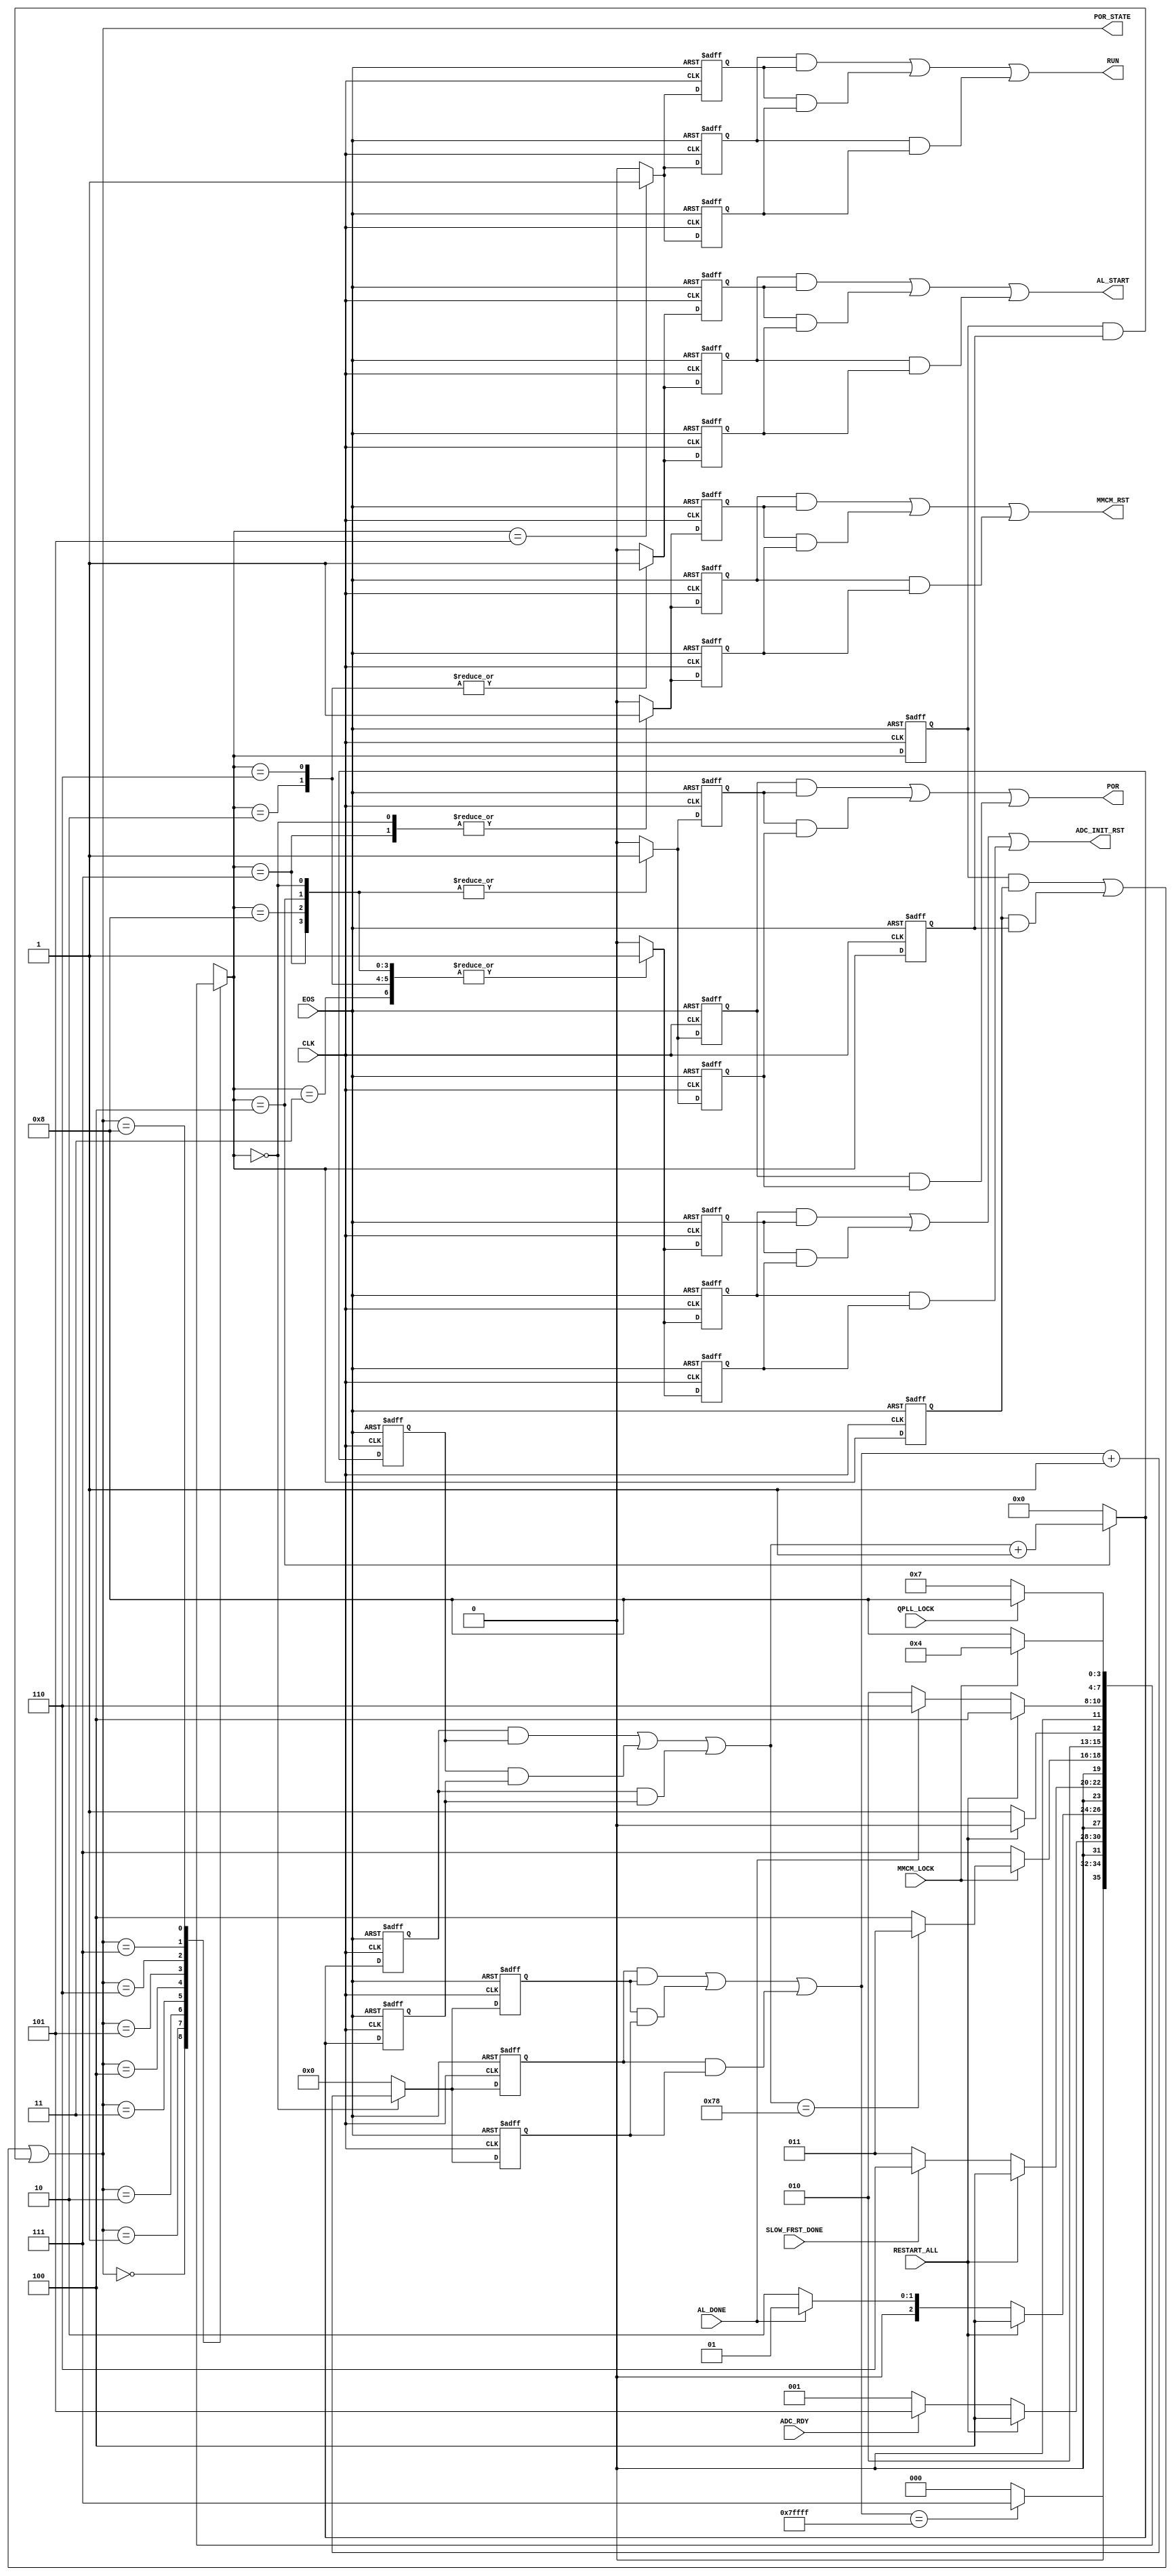

// Created by fizzim_tmr.pl version $Revision: 4.44 on 2014:12:12 at 10:57:14 (www.fizzim.com)

module Pow_on_Rst_FSM_TMR 
  #(
    parameter POR_tmo = 120,
    parameter Strt_dly = 20'h7FFFF
  )(
  output ADC_INIT_RST,
  output AL_START,
  output MMCM_RST,
  output POR,
  output RUN,
  output wire [3:0] POR_STATE,
  input ADC_RDY,
  input AL_DONE,
  input CLK,
  input EOS,
  input MMCM_LOCK,
  input QPLL_LOCK,
  input RESTART_ALL,
  input SLOW_FRST_DONE 
);

  // state bits
  parameter 
  Idle            = 4'b0000, 
  ADC_INIT        = 4'b0001, 
  Auto_Load       = 4'b0010, 
  Clr_AL_FIFO     = 4'b0011, 
  Pow_on_Rst      = 4'b0100, 
  Run_State       = 4'b0101, 
  Start_Auto_Load = 4'b0110, 
  W4Qpll          = 4'b0111, 
  W4SysClk        = 4'b1000; 

  (* syn_preserve = "true" *) reg [3:0] state_1;
  (* syn_preserve = "true" *) reg [3:0] state_2;
  (* syn_preserve = "true" *) reg [3:0] state_3;

  (* syn_keep = "true" *) wire [3:0] voted_state_1;
  (* syn_keep = "true" *) wire [3:0] voted_state_2;
  (* syn_keep = "true" *) wire [3:0] voted_state_3;

  assign voted_state_1        = (state_1        & state_2       ) | (state_2        & state_3       ) | (state_1        & state_3       ); // Majority logic
  assign voted_state_2        = (state_1        & state_2       ) | (state_2        & state_3       ) | (state_1        & state_3       ); // Majority logic
  assign voted_state_3        = (state_1        & state_2       ) | (state_2        & state_3       ) | (state_1        & state_3       ); // Majority logic

  assign POR_STATE = voted_state_1;

  (* syn_keep = "true" *) reg [3:0] nextstate_1;
  (* syn_keep = "true" *) reg [3:0] nextstate_2;
  (* syn_keep = "true" *) reg [3:0] nextstate_3;


  (* syn_preserve = "true" *)  reg ADC_INIT_RST_1;
  (* syn_preserve = "true" *)  reg ADC_INIT_RST_2;
  (* syn_preserve = "true" *)  reg ADC_INIT_RST_3;
  (* syn_preserve = "true" *)  reg AL_START_1;
  (* syn_preserve = "true" *)  reg AL_START_2;
  (* syn_preserve = "true" *)  reg AL_START_3;
  (* syn_preserve = "true" *)  reg MMCM_RST_1;
  (* syn_preserve = "true" *)  reg MMCM_RST_2;
  (* syn_preserve = "true" *)  reg MMCM_RST_3;
  (* syn_preserve = "true" *)  reg POR_1;
  (* syn_preserve = "true" *)  reg POR_2;
  (* syn_preserve = "true" *)  reg POR_3;
  (* syn_preserve = "true" *)  reg RUN_1;
  (* syn_preserve = "true" *)  reg RUN_2;
  (* syn_preserve = "true" *)  reg RUN_3;
  (* syn_preserve = "true" *)  reg [6:0] por_cnt_1;
  (* syn_preserve = "true" *)  reg [6:0] por_cnt_2;
  (* syn_preserve = "true" *)  reg [6:0] por_cnt_3;
  (* syn_keep = "true" *)      wire [6:0] voted_por_cnt_1;
  (* syn_keep = "true" *)      wire [6:0] voted_por_cnt_2;
  (* syn_keep = "true" *)      wire [6:0] voted_por_cnt_3;
  (* syn_preserve = "true" *)  reg [19:0] strtup_cnt_1;
  (* syn_preserve = "true" *)  reg [19:0] strtup_cnt_2;
  (* syn_preserve = "true" *)  reg [19:0] strtup_cnt_3;
  (* syn_keep = "true" *)      wire [19:0] voted_strtup_cnt_1;
  (* syn_keep = "true" *)      wire [19:0] voted_strtup_cnt_2;
  (* syn_keep = "true" *)      wire [19:0] voted_strtup_cnt_3;

  // Assignment of outputs and flags to voted majority logic of replicated registers
  assign ADC_INIT_RST = (ADC_INIT_RST_1 & ADC_INIT_RST_2) | (ADC_INIT_RST_2 & ADC_INIT_RST_3) | (ADC_INIT_RST_1 & ADC_INIT_RST_3); // Majority logic
  assign AL_START     = (AL_START_1     & AL_START_2    ) | (AL_START_2     & AL_START_3    ) | (AL_START_1     & AL_START_3    ); // Majority logic
  assign MMCM_RST     = (MMCM_RST_1     & MMCM_RST_2    ) | (MMCM_RST_2     & MMCM_RST_3    ) | (MMCM_RST_1     & MMCM_RST_3    ); // Majority logic
  assign POR          = (POR_1          & POR_2         ) | (POR_2          & POR_3         ) | (POR_1          & POR_3         ); // Majority logic
  assign RUN          = (RUN_1          & RUN_2         ) | (RUN_2          & RUN_3         ) | (RUN_1          & RUN_3         ); // Majority logic
  assign voted_por_cnt_1      = (por_cnt_1      & por_cnt_2     ) | (por_cnt_2      & por_cnt_3     ) | (por_cnt_1      & por_cnt_3     ); // Majority logic
  assign voted_por_cnt_2      = (por_cnt_1      & por_cnt_2     ) | (por_cnt_2      & por_cnt_3     ) | (por_cnt_1      & por_cnt_3     ); // Majority logic
  assign voted_por_cnt_3      = (por_cnt_1      & por_cnt_2     ) | (por_cnt_2      & por_cnt_3     ) | (por_cnt_1      & por_cnt_3     ); // Majority logic
  assign voted_strtup_cnt_1   = (strtup_cnt_1   & strtup_cnt_2  ) | (strtup_cnt_2   & strtup_cnt_3  ) | (strtup_cnt_1   & strtup_cnt_3  ); // Majority logic
  assign voted_strtup_cnt_2   = (strtup_cnt_1   & strtup_cnt_2  ) | (strtup_cnt_2   & strtup_cnt_3  ) | (strtup_cnt_1   & strtup_cnt_3  ); // Majority logic
  assign voted_strtup_cnt_3   = (strtup_cnt_1   & strtup_cnt_2  ) | (strtup_cnt_2   & strtup_cnt_3  ) | (strtup_cnt_1   & strtup_cnt_3  ); // Majority logic

  // Assignment of error detection logic to replicated signals

  // comb always block
  always @* begin
    nextstate_1 = 4'bxxxx; // default to x because default_state_is_x is set
    nextstate_2 = 4'bxxxx; // default to x because default_state_is_x is set
    nextstate_3 = 4'bxxxx; // default to x because default_state_is_x is set
    case (voted_state_1)
      Idle           : if      (voted_strtup_cnt_1 == Strt_dly)  nextstate_1 = W4Qpll;
                       else                                      nextstate_1 = Idle;
      ADC_INIT       : if      (RESTART_ALL)                     nextstate_1 = Pow_on_Rst;
                       else if (ADC_RDY)                         nextstate_1 = Run_State;
                       else                                      nextstate_1 = ADC_INIT;
      Auto_Load      : if      (RESTART_ALL)                     nextstate_1 = Pow_on_Rst;
                       else if (AL_DONE)                         nextstate_1 = ADC_INIT;
                       else                                      nextstate_1 = Auto_Load;
      Clr_AL_FIFO    : if      (RESTART_ALL)                     nextstate_1 = Pow_on_Rst;
                       else if (SLOW_FRST_DONE)                  nextstate_1 = Start_Auto_Load;
                       else                                      nextstate_1 = Clr_AL_FIFO;
      Pow_on_Rst     : if      (!MMCM_LOCK)                      nextstate_1 = W4Qpll;
                       else if (voted_por_cnt_1 == POR_tmo)      nextstate_1 = Clr_AL_FIFO;
                       else                                      nextstate_1 = Pow_on_Rst;
      Run_State      : if      (RESTART_ALL)                     nextstate_1 = Pow_on_Rst;
                       else                                      nextstate_1 = Run_State;
      Start_Auto_Load: if      (RESTART_ALL)                     nextstate_1 = Pow_on_Rst;
                       else if (!AL_DONE)                        nextstate_1 = Auto_Load;
                       else                                      nextstate_1 = Start_Auto_Load;
      W4Qpll         : if      (QPLL_LOCK)                       nextstate_1 = W4SysClk;
                       else                                      nextstate_1 = W4Qpll;
// to temporarily ignore the QPLL_LOCK uncomment the following line and comment out the previous two
//      W4Qpll         :                                           nextstate_1 = W4SysClk;
      W4SysClk       : if      (MMCM_LOCK)                       nextstate_1 = Pow_on_Rst;
                       else                                      nextstate_1 = W4SysClk;
    endcase
    case (voted_state_2)
      Idle           : if      (voted_strtup_cnt_2 == Strt_dly)  nextstate_2 = W4Qpll;
                       else                                      nextstate_2 = Idle;
      ADC_INIT       : if      (RESTART_ALL)                     nextstate_2 = Pow_on_Rst;
                       else if (ADC_RDY)                         nextstate_2 = Run_State;
                       else                                      nextstate_2 = ADC_INIT;
      Auto_Load      : if      (RESTART_ALL)                     nextstate_2 = Pow_on_Rst;
                       else if (AL_DONE)                         nextstate_2 = ADC_INIT;
                       else                                      nextstate_2 = Auto_Load;
      Clr_AL_FIFO    : if      (RESTART_ALL)                     nextstate_2 = Pow_on_Rst;
                       else if (SLOW_FRST_DONE)                  nextstate_2 = Start_Auto_Load;
                       else                                      nextstate_2 = Clr_AL_FIFO;
      Pow_on_Rst     : if      (!MMCM_LOCK)                      nextstate_2 = W4Qpll;
                       else if (voted_por_cnt_2 == POR_tmo)      nextstate_2 = Clr_AL_FIFO;
                       else                                      nextstate_2 = Pow_on_Rst;
      Run_State      : if      (RESTART_ALL)                     nextstate_2 = Pow_on_Rst;
                       else                                      nextstate_2 = Run_State;
      Start_Auto_Load: if      (RESTART_ALL)                     nextstate_2 = Pow_on_Rst;
                       else if (!AL_DONE)                        nextstate_2 = Auto_Load;
                       else                                      nextstate_2 = Start_Auto_Load;
      W4Qpll         : if      (QPLL_LOCK)                       nextstate_2 = W4SysClk;
                       else                                      nextstate_2 = W4Qpll;
// to temporarily ignore the QPLL_LOCK uncomment the following line and comment out the previous two
//      W4Qpll         :                                           nextstate_2 = W4SysClk;
      W4SysClk       : if      (MMCM_LOCK)                       nextstate_2 = Pow_on_Rst;
                       else                                      nextstate_2 = W4SysClk;
    endcase
    case (voted_state_3)
      Idle           : if      (voted_strtup_cnt_3 == Strt_dly)  nextstate_3 = W4Qpll;
                       else                                      nextstate_3 = Idle;
      ADC_INIT       : if      (RESTART_ALL)                     nextstate_3 = Pow_on_Rst;
                       else if (ADC_RDY)                         nextstate_3 = Run_State;
                       else                                      nextstate_3 = ADC_INIT;
      Auto_Load      : if      (RESTART_ALL)                     nextstate_3 = Pow_on_Rst;
                       else if (AL_DONE)                         nextstate_3 = ADC_INIT;
                       else                                      nextstate_3 = Auto_Load;
      Clr_AL_FIFO    : if      (RESTART_ALL)                     nextstate_3 = Pow_on_Rst;
                       else if (SLOW_FRST_DONE)                  nextstate_3 = Start_Auto_Load;
                       else                                      nextstate_3 = Clr_AL_FIFO;
      Pow_on_Rst     : if      (!MMCM_LOCK)                      nextstate_3 = W4Qpll;
                       else if (voted_por_cnt_3 == POR_tmo)      nextstate_3 = Clr_AL_FIFO;
                       else                                      nextstate_3 = Pow_on_Rst;
      Run_State      : if      (RESTART_ALL)                     nextstate_3 = Pow_on_Rst;
                       else                                      nextstate_3 = Run_State;
      Start_Auto_Load: if      (RESTART_ALL)                     nextstate_3 = Pow_on_Rst;
                       else if (!AL_DONE)                        nextstate_3 = Auto_Load;
                       else                                      nextstate_3 = Start_Auto_Load;
      W4Qpll         : if      (QPLL_LOCK)                       nextstate_3 = W4SysClk;
                       else                                      nextstate_3 = W4Qpll;
// to temporarily ignore the QPLL_LOCK uncomment the following line and comment out the previous two
//      W4Qpll         :                                           nextstate_3 = W4SysClk;
      W4SysClk       : if      (MMCM_LOCK)                       nextstate_3 = Pow_on_Rst;
                       else                                      nextstate_3 = W4SysClk;
    endcase
  end

  // Assign reg'd outputs to state bits

  // sequential always block
  always @(posedge CLK or negedge EOS) begin
    if (!EOS) begin
      state_1 <= Idle;
      state_2 <= Idle;
      state_3 <= Idle;
    end
    else begin
      state_1 <= nextstate_1;
      state_2 <= nextstate_2;
      state_3 <= nextstate_3;
    end
  end

  // datapath sequential always block
  always @(posedge CLK or negedge EOS) begin
    if (!EOS) begin
      ADC_INIT_RST_1 <= 1;
      ADC_INIT_RST_2 <= 1;
      ADC_INIT_RST_3 <= 1;
      AL_START_1 <= 0;
      AL_START_2 <= 0;
      AL_START_3 <= 0;
      MMCM_RST_1 <= 1;
      MMCM_RST_2 <= 1;
      MMCM_RST_3 <= 1;
      POR_1 <= 1;
      POR_2 <= 1;
      POR_3 <= 1;
      RUN_1 <= 0;
      RUN_2 <= 0;
      RUN_3 <= 0;
      por_cnt_1 <= 7'h00;
      por_cnt_2 <= 7'h00;
      por_cnt_3 <= 7'h00;
      strtup_cnt_1 <= 20'h00000;
      strtup_cnt_2 <= 20'h00000;
      strtup_cnt_3 <= 20'h00000;
    end
    else begin
      ADC_INIT_RST_1 <= 0; // default
      ADC_INIT_RST_2 <= 0; // default
      ADC_INIT_RST_3 <= 0; // default
      AL_START_1 <= 0; // default
      AL_START_2 <= 0; // default
      AL_START_3 <= 0; // default
      MMCM_RST_1 <= 0; // default
      MMCM_RST_2 <= 0; // default
      MMCM_RST_3 <= 0; // default
      POR_1 <= 0; // default
      POR_2 <= 0; // default
      POR_3 <= 0; // default
      RUN_1 <= 0; // default
      RUN_2 <= 0; // default
      RUN_3 <= 0; // default
      por_cnt_1 <= 7'h00; // default
      por_cnt_2 <= 7'h00; // default
      por_cnt_3 <= 7'h00; // default
      strtup_cnt_1 <= 20'h00000; // default
      strtup_cnt_2 <= 20'h00000; // default
      strtup_cnt_3 <= 20'h00000; // default
      case (nextstate_1)
        Idle           : begin
                                ADC_INIT_RST_1 <= 1;
                                MMCM_RST_1 <= 1;
                                POR_1 <= 1;
                                strtup_cnt_1 <= voted_strtup_cnt_1 + 1;
        end
        Auto_Load      : begin
                                ADC_INIT_RST_1 <= 1;
                                AL_START_1 <= 1;
        end
        Clr_AL_FIFO    :        ADC_INIT_RST_1 <= 1;
        Pow_on_Rst     : begin
                                ADC_INIT_RST_1 <= 1;
                                POR_1 <= 1;
                                por_cnt_1 <= voted_por_cnt_1 + 1;
        end
        Run_State      :        RUN_1 <= 1;
        Start_Auto_Load: begin
                                ADC_INIT_RST_1 <= 1;
                                AL_START_1 <= 1;
        end
        W4Qpll         : begin
                                ADC_INIT_RST_1 <= 1;
                                MMCM_RST_1 <= 1;
                                POR_1 <= 1;
        end
        W4SysClk       : begin
                                ADC_INIT_RST_1 <= 1;
                                POR_1 <= 1;
        end
      endcase
      case (nextstate_2)
        Idle           : begin
                                ADC_INIT_RST_2 <= 1;
                                MMCM_RST_2 <= 1;
                                POR_2 <= 1;
                                strtup_cnt_2 <= voted_strtup_cnt_2 + 1;
        end
        Auto_Load      : begin
                                ADC_INIT_RST_2 <= 1;
                                AL_START_2 <= 1;
        end
        Clr_AL_FIFO    :        ADC_INIT_RST_2 <= 1;
        Pow_on_Rst     : begin
                                ADC_INIT_RST_2 <= 1;
                                POR_2 <= 1;
                                por_cnt_2 <= voted_por_cnt_2 + 1;
        end
        Run_State      :        RUN_2 <= 1;
        Start_Auto_Load: begin
                                ADC_INIT_RST_2 <= 1;
                                AL_START_2 <= 1;
        end
        W4Qpll         : begin
                                ADC_INIT_RST_2 <= 1;
                                MMCM_RST_2 <= 1;
                                POR_2 <= 1;
        end
        W4SysClk       : begin
                                ADC_INIT_RST_2 <= 1;
                                POR_2 <= 1;
        end
      endcase
      case (nextstate_3)
        Idle           : begin
                                ADC_INIT_RST_3 <= 1;
                                MMCM_RST_3 <= 1;
                                POR_3 <= 1;
                                strtup_cnt_3 <= voted_strtup_cnt_3 + 1;
        end
        Auto_Load      : begin
                                ADC_INIT_RST_3 <= 1;
                                AL_START_3 <= 1;
        end
        Clr_AL_FIFO    :        ADC_INIT_RST_3 <= 1;
        Pow_on_Rst     : begin
                                ADC_INIT_RST_3 <= 1;
                                POR_3 <= 1;
                                por_cnt_3 <= voted_por_cnt_3 + 1;
        end
        Run_State      :        RUN_3 <= 1;
        Start_Auto_Load: begin
                                ADC_INIT_RST_3 <= 1;
                                AL_START_3 <= 1;
        end
        W4Qpll         : begin
                                ADC_INIT_RST_3 <= 1;
                                MMCM_RST_3 <= 1;
                                POR_3 <= 1;
        end
        W4SysClk       : begin
                                ADC_INIT_RST_3 <= 1;
                                POR_3 <= 1;
        end
      endcase
    end
  end

  // This code allows you to see state names in simulation
  `ifndef SYNTHESIS
  reg [119:0] statename;
  always @* begin
    case (state_1)
      Idle           : statename = "Idle";
      ADC_INIT       : statename = "ADC_INIT";
      Auto_Load      : statename = "Auto_Load";
      Clr_AL_FIFO    : statename = "Clr_AL_FIFO";
      Pow_on_Rst     : statename = "Pow_on_Rst";
      Run_State      : statename = "Run_State";
      Start_Auto_Load: statename = "Start_Auto_Load";
      W4Qpll         : statename = "W4Qpll";
      W4SysClk       : statename = "W4SysClk";
      default        : statename = "XXXXXXXXXXXXXXX";
    endcase
  end
  `endif

endmodule